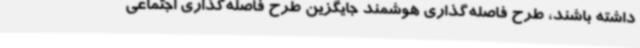
داشته باشند، طرح فاصله‌گذاری هوشمند جایگزین طرح فاصله‌گذاری اجتماعی